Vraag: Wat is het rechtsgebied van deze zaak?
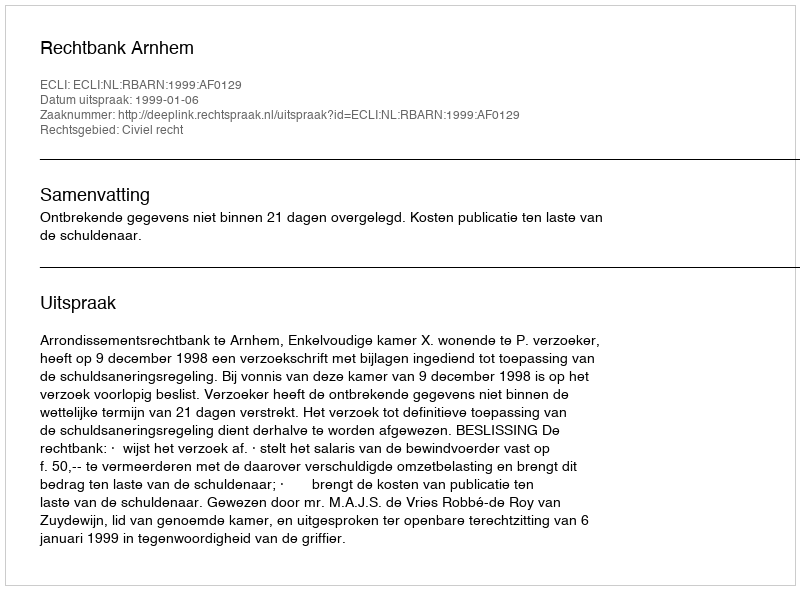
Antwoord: Civiel recht